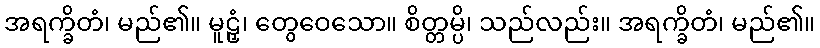
အရက္ခိတံ၊ မည်၏။ မူဠှံ၊ တွေဝေသော။ စိတ္တမ္ပိ၊ သည်လည်း။ အရက္ခိတံ၊ မည်၏။